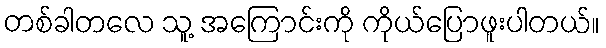
တစ်ခါတလေ သူ့ အကြောင်းကို ကိုယ်ပြောဖူးပါတယ်။